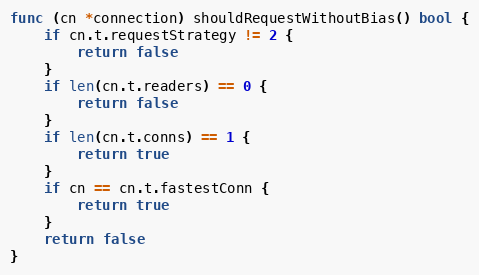
Language: Go
func (cn *connection) shouldRequestWithoutBias() bool {
	if cn.t.requestStrategy != 2 {
		return false
	}
	if len(cn.t.readers) == 0 {
		return false
	}
	if len(cn.t.conns) == 1 {
		return true
	}
	if cn == cn.t.fastestConn {
		return true
	}
	return false
}